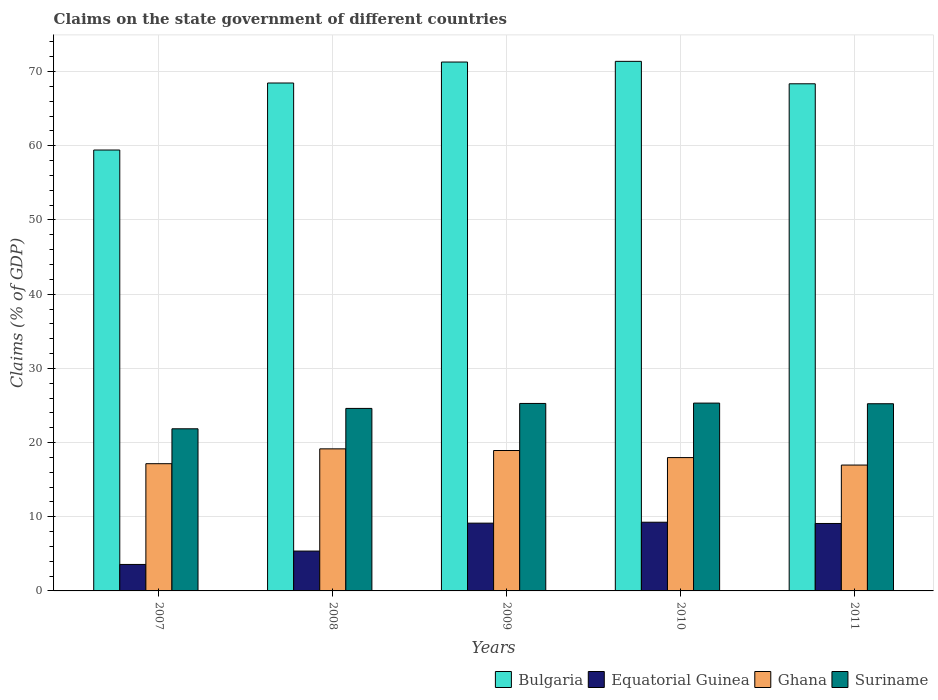
| Years | Bulgaria | Equatorial Guinea | Ghana | Suriname |
 | --- | --- | --- | --- | --- |
 | 2007 | 59.4 | 3.57 | 17.2 | 21.9 |
 | 2008 | 68.5 | 5.37 | 19.1 | 24.6 |
 | 2009 | 71.3 | 9.13 | 18.9 | 25.3 |
 | 2010 | 71.4 | 9.26 | 18 | 25.3 |
 | 2011 | 68.4 | 9.09 | 17 | 25.2 |